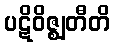
ပဋိဝိဇ္ဈတီတိ